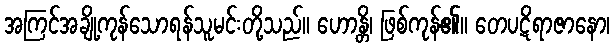
အကြင်အချို့ကုန်သောရန်သူမင်းတို့သည်။ ဟောန္တိ၊ ဖြစ်ကုန်၏။ တေပဋိရာဇာနော၊